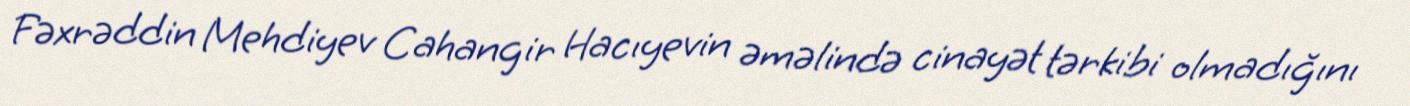
Fəxrəddin Mehdiyev Cahangir Hacıyevin əməlində cinayət tərkibi olmadığını